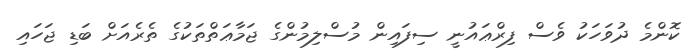
ކޮންމެ ދުވަހަކު ވެސް ފިރްޢައުނީ ސިފައިން މުސްލިމުންގެ ޖަމާޢަތްތަކުގެ ތެރެއަށް ބަޑި ޖަހައި